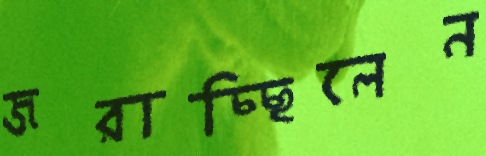
জরাচ্ছিলেন